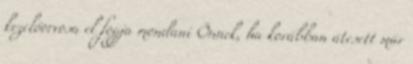
kezelőorvosa el fogja mondani Önnek, ha korábban átesett már